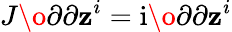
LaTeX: J\o{\partial}{\partial\mathbf{z}^{i}}=\mathrm{{i}}\o{\partial}{\partial\mathbf{z}^{i}}